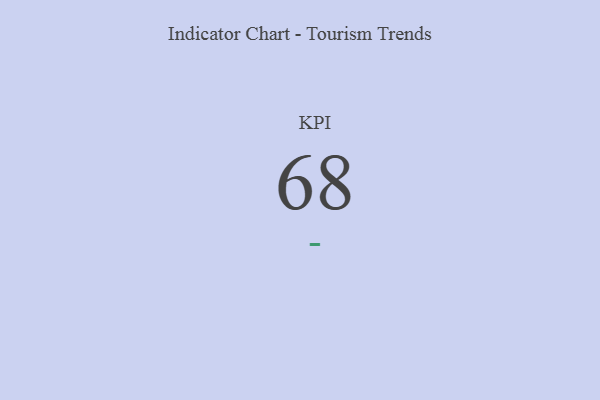
{"axis": {"x": "KPI", "y": "Value"}, "legend": [""], "data": [{"x": "KPI", "y": 68, "type": ""}]}